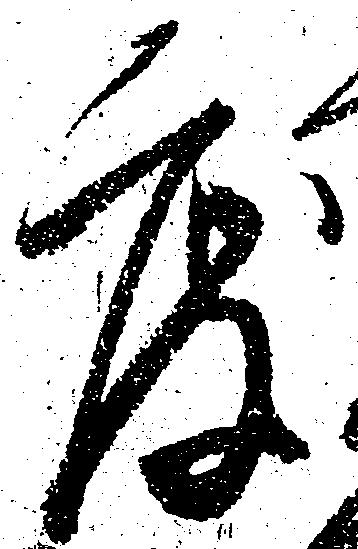
度